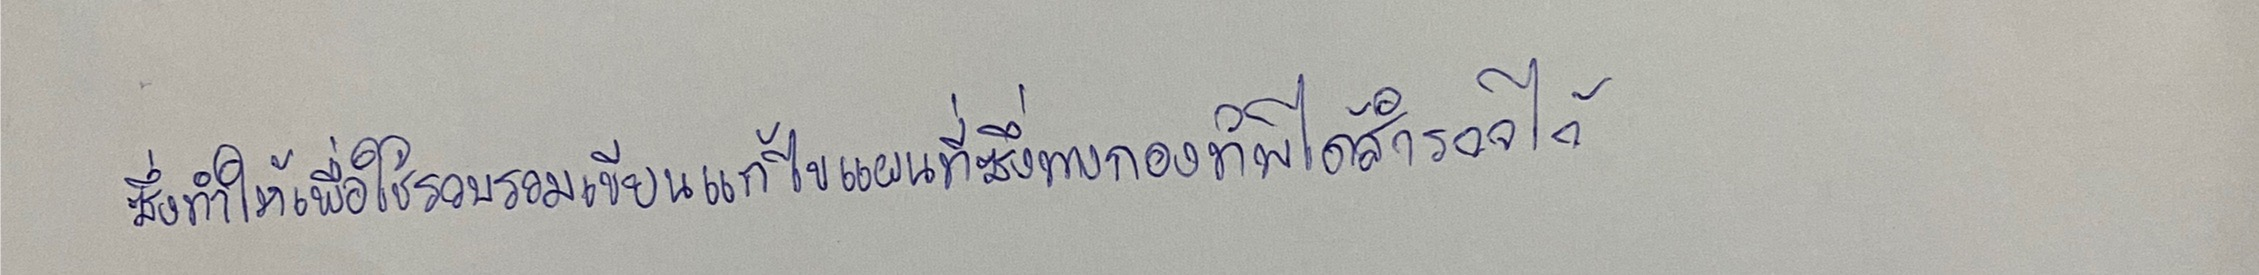
ซึ่งทำให้เพื่อใช้รวบรวมเขียนแก้ไขแผนที่ซึ่งทางกองทัพได้สำรวจไว้